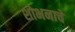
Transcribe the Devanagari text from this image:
शोभनाचे